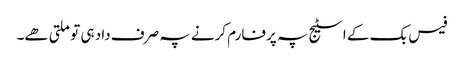
فیس بک کے اسٹیج پہ پرفارم کرنے پہ صرف داد ہی تو ملتی ھے۔